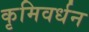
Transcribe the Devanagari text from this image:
कृमिवर्धन